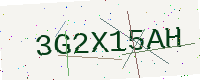
Text: 3G2X15AH